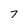
Character: 7